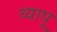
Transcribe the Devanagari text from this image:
व्यापू